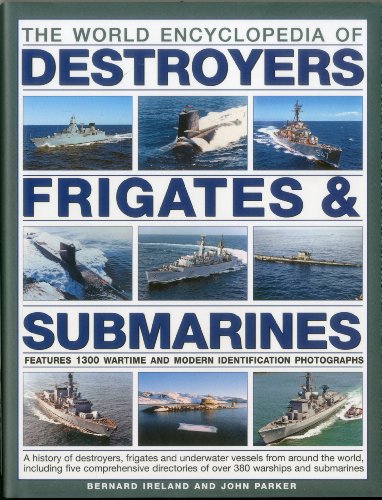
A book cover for The World Encyclopedia of Submarines, Destroyers & Frigates: Features 1300 wartime and modern identification photographs: a history of destroyers, ... of over 380 warships and submarines; Bernard Ireland; Arts & Photography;